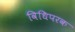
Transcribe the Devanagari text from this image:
विधिपरक